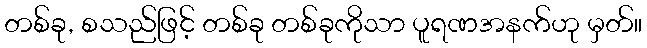
တစ်ခု, စသည်ဖြင့် တစ်ခု တစ်ခုကိုသာ ပူရဏအနက်ဟု မှတ်။